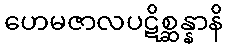
ဟေမဇာလပဋိစ္ဆန္နာနိ